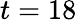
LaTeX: t=18